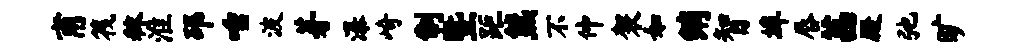
甫筏秣淮邳唾波芽瀑崎制暨距熊不仲袈如绡智埠唇茜殿弛旷